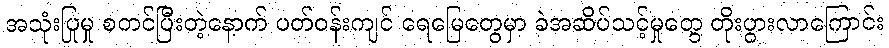
အသုံးပြုမှု စတင်ပြီးတဲ့နောက် ပတ်ဝန်းကျင် ရေမြေတွေမှာ ခဲအဆိပ်သင့်မှုတွေ တိုးပွားလာကြောင်း